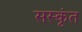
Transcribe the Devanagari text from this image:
सस्कृंत